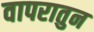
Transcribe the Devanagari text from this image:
वापरातुन